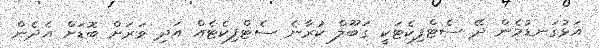
އަޅުގަނޑުމެން ދޭ ސެޓްފިކެޓަކީ ގަބޫލް ކުރާނެ ސެޓްފިކެޓެއް އަދި ވަރަށް ބޮޑަށް އެދެން